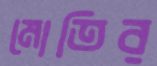
মোতির